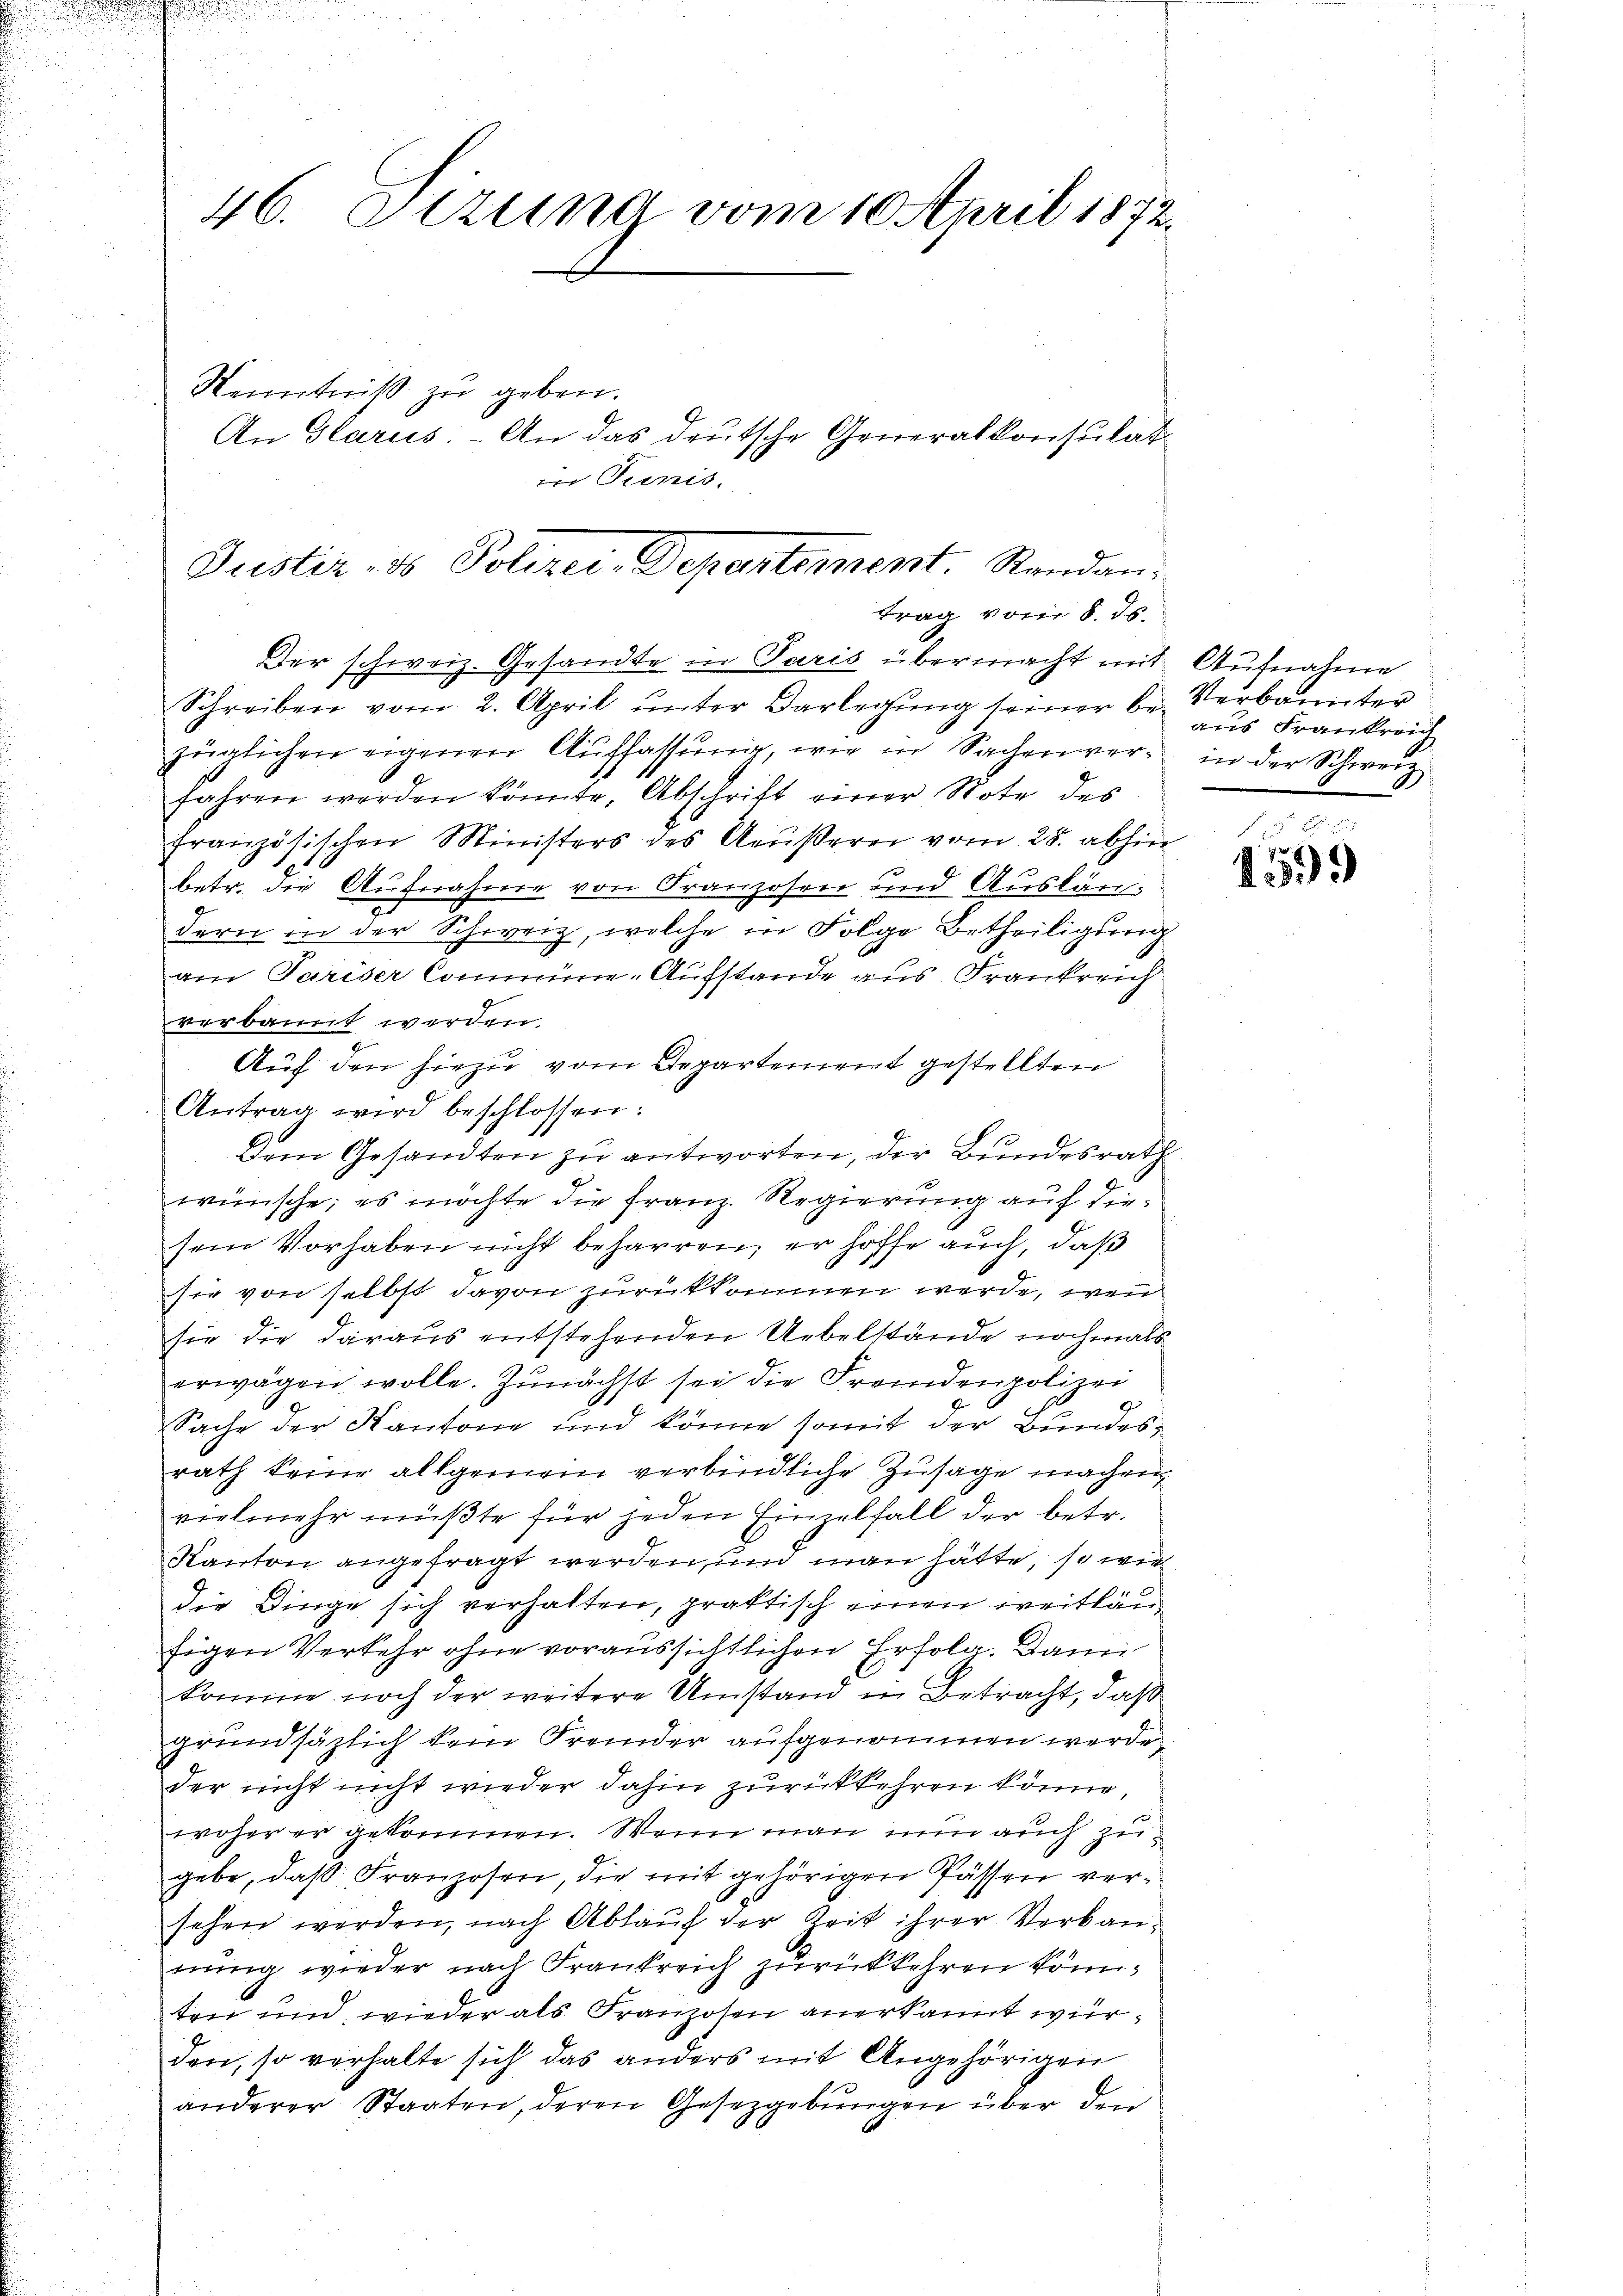
46. Sitzung vom 10. April 1872.

Kenntniß zu geben.
An Glarus. - An das deutsche Generalkonsulat
in Tunis.

Justiz- & Polizei-Departement. Randan-
trag vom 8. ds.

Der schweiz. Gesandte in Paris übermacht mit
Schreiben vom 2. April ŭnter Darlegŭng seiner be- Verbannter
züglichen eigenen Auffassung, wie in Sachenverfahren werden könnte, Abschrift einer Note des
französischen Ministers des Aeußerei vom 28. abhin
betr. die Aufnahme von Franzosen und Auslän-
dern in der Schweiz, welche in Folge Betheiligung
am Pariser Commine-Aufstande aus Frankreich
verbannt werden.
Auf den hiezu vom Departement gestellten
Antrag wird beschlossen:
Dem Gesandten zu antworten, der Bundesrath
wünsche; es möchte die Franz. Regierung auf diesein Vorhaben nicht beharren, er hoffe auch, daß
sie von selbst davon zurückkomen werde, wen
sie die daraus entstehenden Uebelstände nochmals
erwägen wolle. Zunächst sei die Fremdenpolizei
Sache der Kantone und könne somit der Bundesrath keine allgemein verbindliche Zusage machen,
vielmehr müßte für jeden Einzelfall der betr.
Kanton angefragt werden, und man hätte, so wie
die Dinge sich verhalten, praktisch einen weitläufigen Verkehr ohne voraussichtlichen Erfolg. Dann
komme noch der weitere Umstand in Betracht, daß
grundsätzlich kein Fremder aufgenommen werde,
der nicht nicht wieder dahin zurückkehren könne,
woher er gekommen. Wenn man nun auch zugebe, daß Franzosen, die mit gehörigen Fässen versehen werden, nach Ablauf der Zeit ihrer Verbaunung wieder nach Frankreich zurückkehren könnten und wieder als Franzosen anerkannt würden, so verhalte sich das anders mit Angehörigen
anderer Staaten, deren Gesetzgebungen über den

Aufnahme
aus Frankreich
in der Schweiz

s
1599